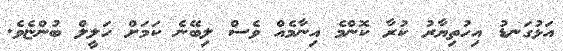
އަޅުގަނޑު އިހުތިޔާރު ކުރާ ކޮންމެ އިނާމެއް ވެސް ލިބޭނެ ކަމަށް ހަލީލް ބުންޏެވެ.